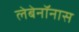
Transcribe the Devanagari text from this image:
लेबेनॉनास